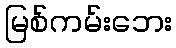
မြစ်ကမ်းဘေး